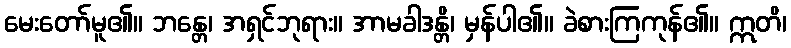
မေးတော်မူ၏။ ဘန္တေ၊ အရှင်ဘုရား။ အာမခါဒန္တိ၊ မှန်ပါ၏။ ခဲစားကြကုန်၏။ ဣတိ၊